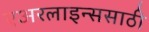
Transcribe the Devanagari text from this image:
एअरलाइन्ससाठी